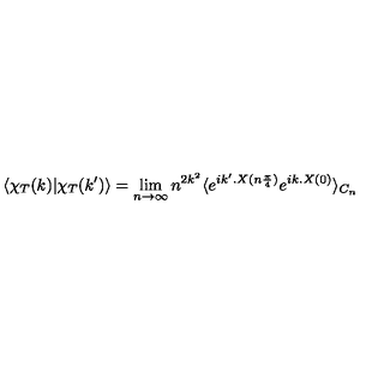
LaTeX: \langle \chi _ { T } ( k ) | \chi _ { T } ( k ^ { \prime } ) \rangle = \lim _ { n \to \infty } n ^ { 2 k ^ { 2 } } \langle e ^ { i k ^ { \prime } . X ( n \frac { \pi } { 4 } ) } e ^ { i k . X ( 0 ) } \rangle _ { C _ { n } }